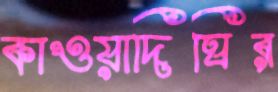
কাওয়াদিঘির